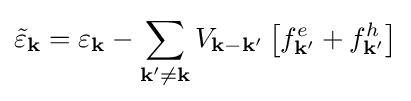
{\tilde {\varepsilon }}_{\mathbf {k} }=\varepsilon _{\mathbf {k} }-\sum _{\mathbf {k} '\neq \mathbf {k} }V_{\mathbf {k} -\mathbf {k} '}\left[f_{\mathbf {k} '}^{e}+f_{\mathbf {k} '}^{h}\right]